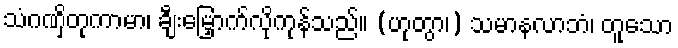
သံဂဏှိတုကာမာ၊ ချီးမြှောက်လိုကုန်သည်။ (ဟုတွာ၊) သမာနလာဘံ၊ တူသော